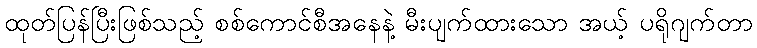
ထုတ်ပြန်ပြီးဖြစ်သည့် စစ်ကောင်စီအနေနဲ့ မီးပျက်ထားသော အယ့် ပရိုဂျက်တာ